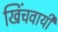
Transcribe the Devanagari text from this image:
खिंचवायी